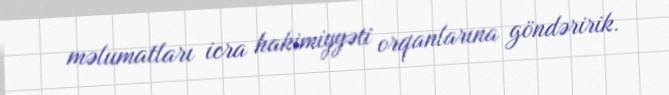
məlumatları icra hakimiyyəti orqanlarına göndəririk.